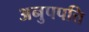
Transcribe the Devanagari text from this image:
अनुपपत्ति